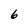
Character: 6